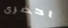
احضرى